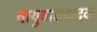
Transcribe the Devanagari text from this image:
वायुवाद्यवादक